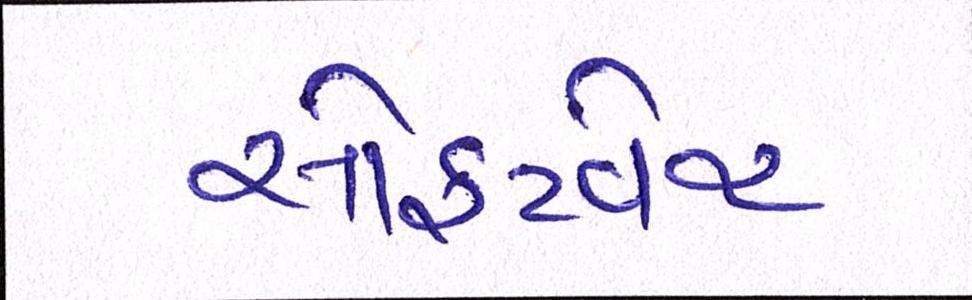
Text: સોફ્ટવેર